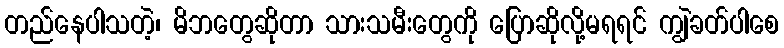
တည်နေပါသတဲ့၊ မိဘတွေဆိုတာ သားသမီးတွေကို ပြောဆိုလို့မရရင် ကျွဲခတ်ပါစေ